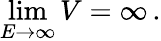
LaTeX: \operatorname*{lim}_{E\to\infty}V=\infty\, .